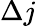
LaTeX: \Delta j